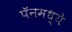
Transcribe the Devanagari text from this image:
पॅनमध्ये